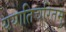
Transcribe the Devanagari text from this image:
ययातिचरितमु